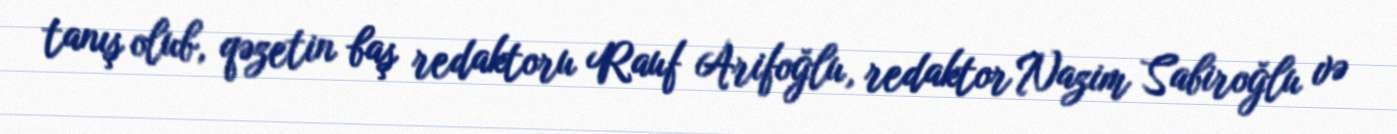
tanış olub, qəzetin baş redaktoru Rauf Arifoğlu, redaktor Nazim Sabiroğlu və